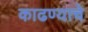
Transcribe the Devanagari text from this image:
काढण्‍याचे